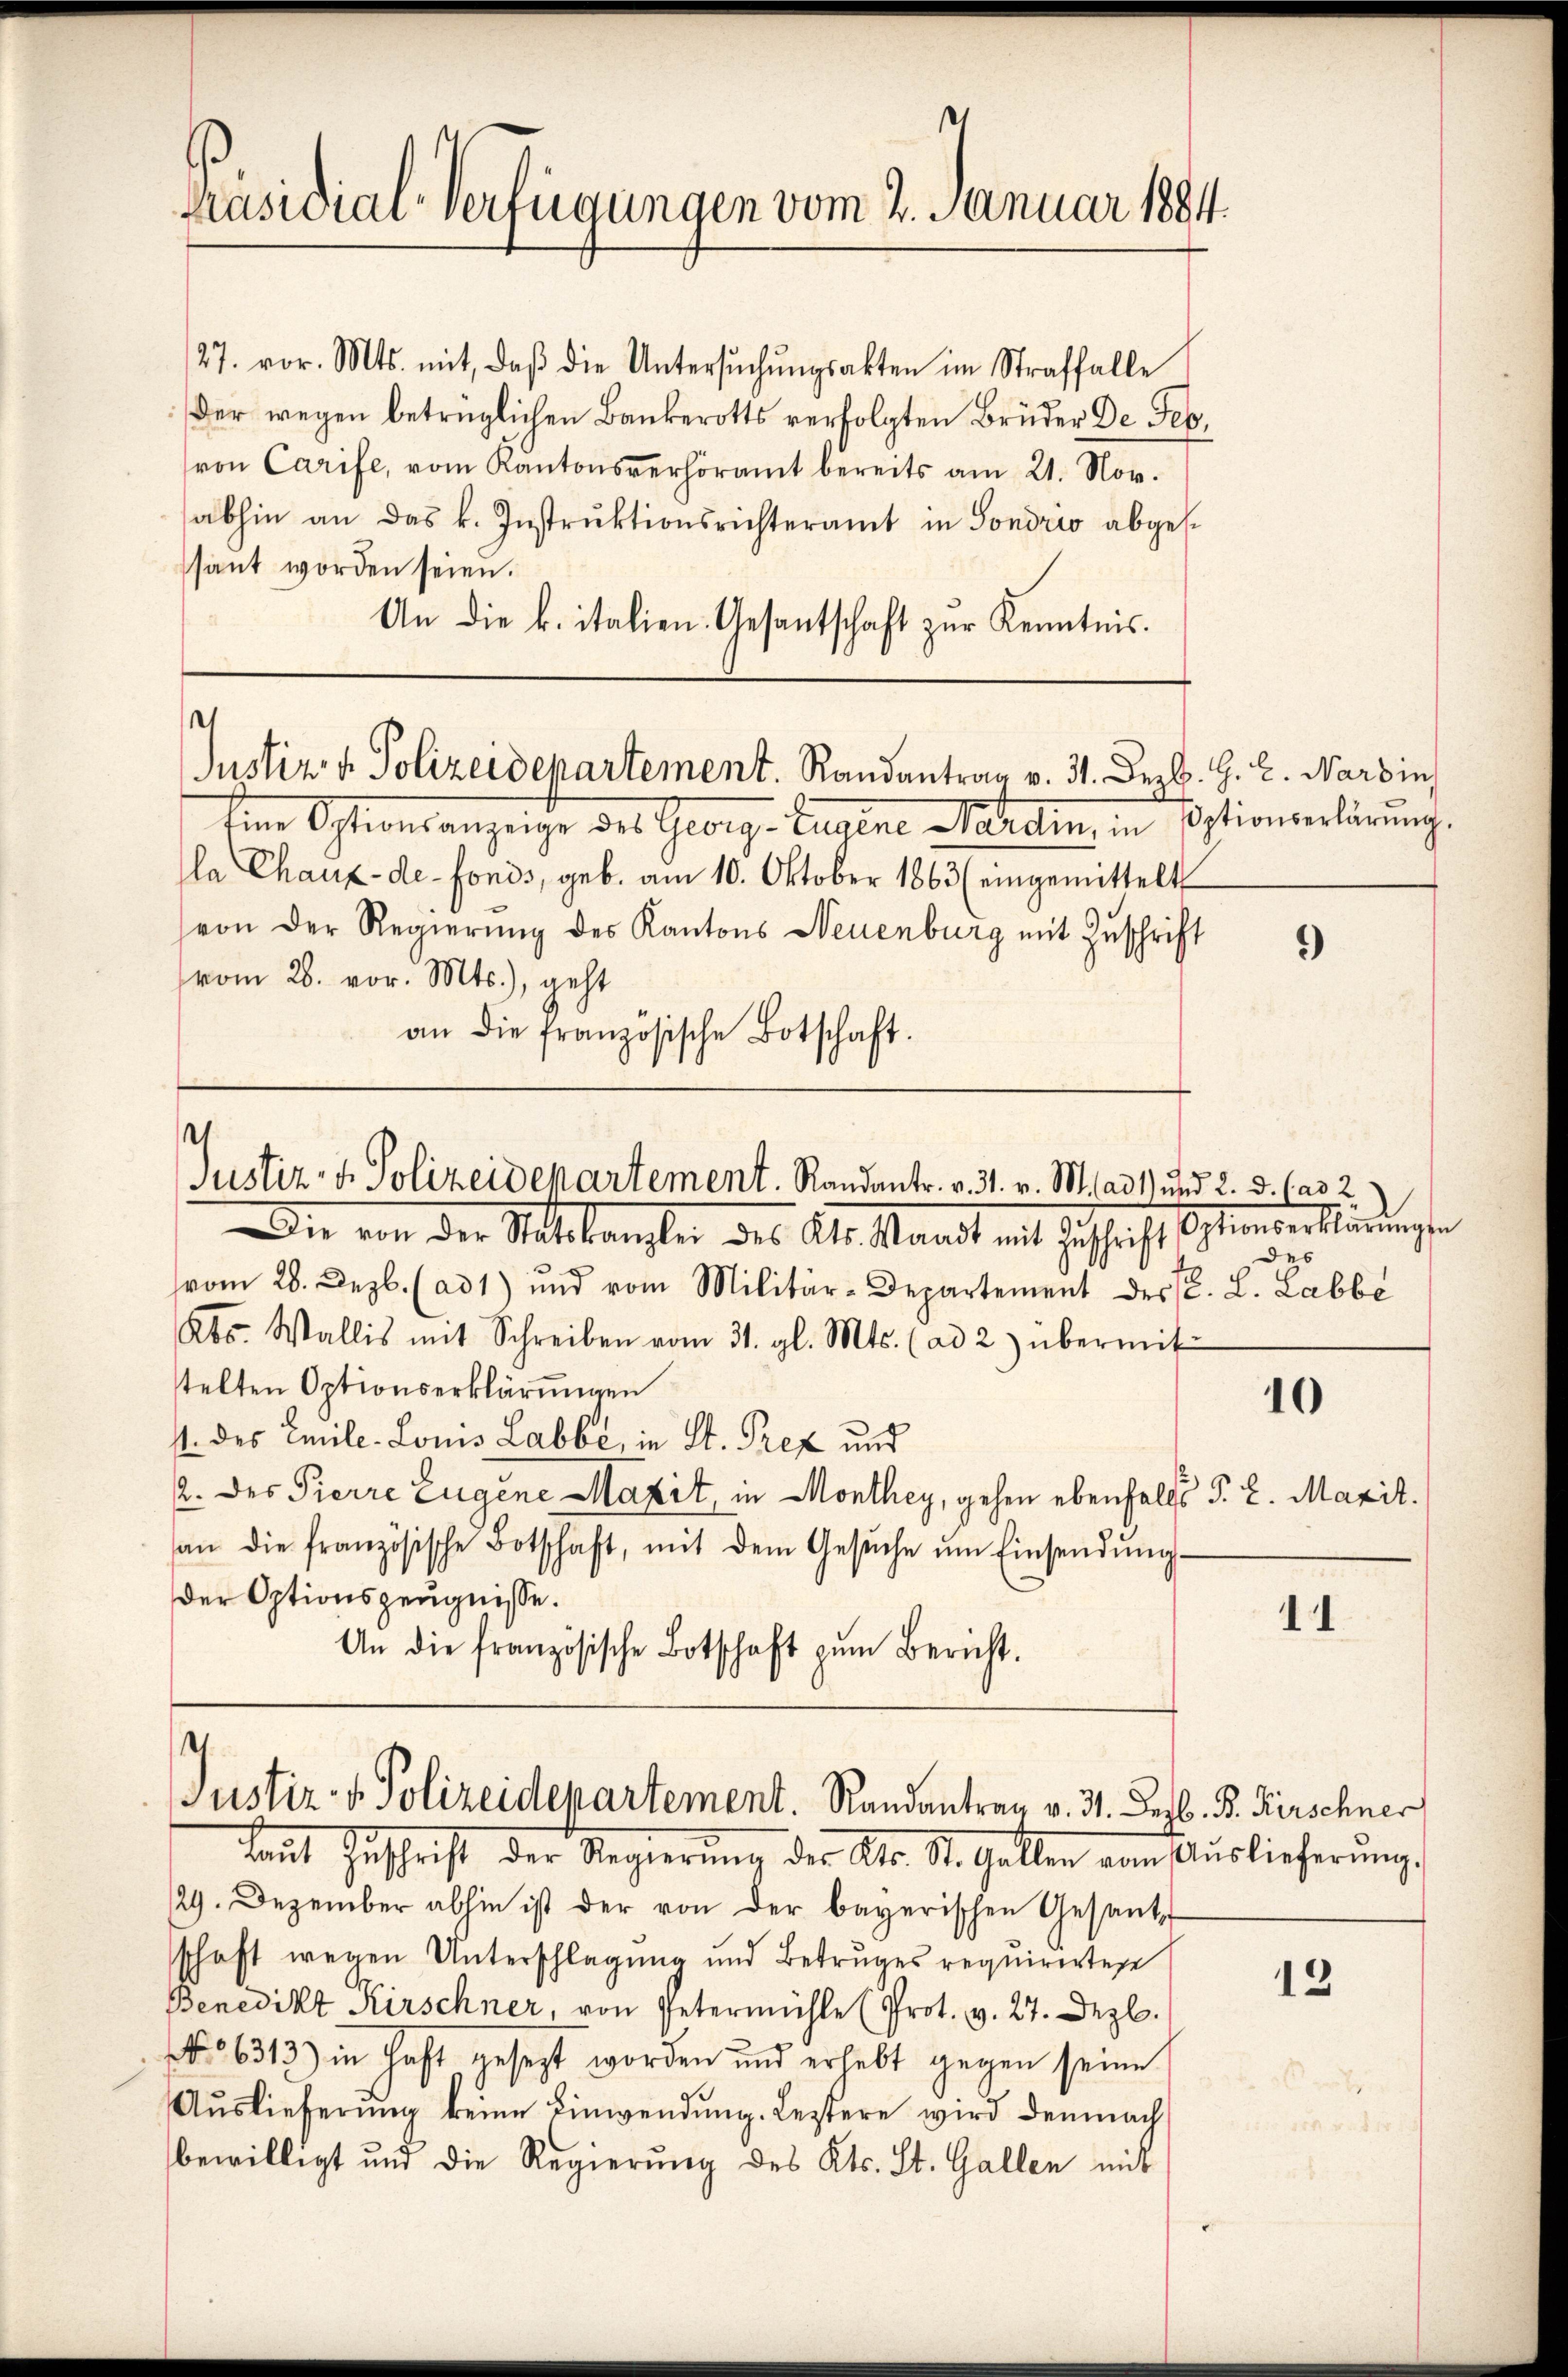
Präsidial-Verfügungen vom 2. Januar 1884.

27. vor. Mts. mit, daβ die Untersŭchŭngsakten im Straffalle
Der wegen betrüglichen Bankerotts verfolgten Brüder De Sepvon Carife, vom Kantonsverhöramt bereits am 21. Nov.
abhin an das k. Instruktionsrichteramt in Sondrio abgessant worden seien.
An die k. italien. Gesantschaft zŭr Kenntnis.

e
Justiz & Polizeidepartement. Randantrag v. 31. Dezbr. H. E. Wardin
Eine Optionsanzeige des Georg - Eugene Sardin, in Optionserklärung.

la Chaux-de-Fonds, geb. am 10. Oktober 1863 (eingemittelt
(von der Regierŭng des Kantons Neuenburg mit Zuschrift
(vom 28. vor. Mts.), geht
an die französische Botschaft.

e
Justiz- & Polizeidepartement. Randantr. v. 31. v. M. ad 1) und 2. d. h. ad 2

¬
Justiz- & Polizeidepartement. Randantrag v. 31. Dez. B. Kirschner

Die von der Statskauften des Al. Waadt mit Zuschaft seltende Märdienste
vom 28. Dezb. (ad 1) und vom Militär-Departement des C. L. Labbe
Abs. Wallis mit Schreiben vom 31. gl. Mts. (ad 2) übermit
stelten Optionserklärungen
11. des Emile-Lonis Labbé, in St. Prez und
2. des Pierre Eugene Maxit, in Monthey, gehen ebenfalls §. 2. Maril.
an die französische Botschaft, mit dem Gesŭche ŭm Einsendŭng
der Optionszeugnisse.
An die französische Botschaft zŭm Bericht.

Laŭt Zŭschrift der Regierŭng des Kts. St. Gallen vom Auslieferŭng,
29. Dezember abhin ist der von der bayerischen Gesand
schaft wegen Unterschlagung und Betruges requirirtes
Benedikt Kirschner, von Petermühle (Prot. v. 27. Dez.
No 66313) in Haft gesezt worden und erhebt gegen seine
Aŭslieferŭng keine Einwendŭng. Leztere wird demnach
bewilligt und die Regierung des Kts. St. Gallen mit

)

des

10

11

12